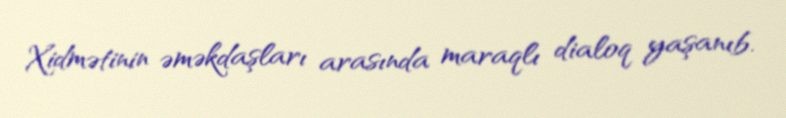
Xidmətinin əməkdaşları arasında maraqlı dialoq yaşanıb.